Vaccine operations Central Provinces 1868-1885 - 1868-1885
Year: 1868
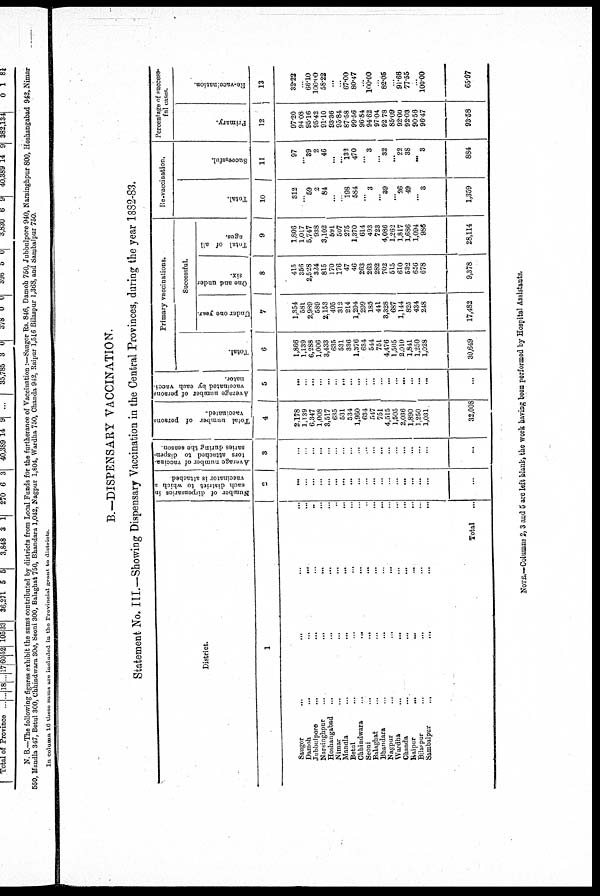
B.—DISPENSARY VACCINATION.
Statement No. III.—Showing Dispensary Vaccination in the Central Provinces, during the year 1882-83.
District.
1
Saugor... ... ... ...
Damoh... ... ... ...
Jubbulpore... ... ... ...
Narsinghpur...
...
...
...
Hoshangabad...
...
...
...
Nimar...
...
...
...
Mandla...
...
...
...
Betul... ... ... ...
Chhindwara...
...
...
...
Seoni...
...
...
...
Balaghat... ... ...
Bhandara...
...
...
...
Nagpur... ... ... ...
Wardha... ... ... ...
Chanda...
...
...
...
Kaipur...
...
...
...
Bilaspur... ... ... ...
Sambalpur...
...
...
...
Total
...
Number of dispensaries in
each district to which a
vaccinator is attached
2
...
...
...
...
...
...
...
...
...
...
...
...
...
...
...
...
...
...
...
Average number of vaccina-
tors attached to dispen-
saries during the season.
3
...
...
...
...
...
...
...
...
...
...
...
...
...
...
...
...
...
...
...
Total number of persons
vaccinated.
4
2,178
1,139
6,347
1,008
3,517
635
531
534
1,960
634
547
751
4,515
1,505
2,036
1,890
1,250
1,031
32,008
Average number of persons
vaccinated by each vacci-
nator.
5
...
...
...
...
...
...
...
...
...
...
...
...
...
...
...
...
...
...
...
Primary vaccinations.
Successful.
Total.
6
1,866
1,139
6,288
1,006
3,433
635
531
396
1,376
634
544
751
4,476
1,505
2,010
1,841
1,250
1,028
30,649
Under one year.
7
1,354
581
2,989
589
2,153
405
312
214
1,294
299
185
441
3,328
687
1,144
825
434
248
17,482
One and under
six.
8
415
356
2,528
324
815
170
176
47
46
263
263
282
702
515
610
532
656
678
9,378
Total of all
ages.
9
1,806
1,017
5,747
938
3,102
591
507
275
1,370
614
493
723
4,086
1,262
1,817
1,686
1,094
986
28,114
Re-vaccination.
Total.
10
312
...
59
2
84
...
...
198
584
...
3
...
39
...
26
49
...
3
1,359
Successful.
11
97
...
39
2
46
...
...
132
470
...
3
...
32
...
22
38
...
3
884
Percentage of success-
ful cases.
Primary.
12
97.20
94.08
95.16
95.42
91.10
93.36
95.84
87.58
99.56
96.84
94.62
97.04
92.78
85.09
92.00
92.03
90.56
96.47
93.58
Re-vaccination.
13
32.22
...
66.10
100.00
58.22
...
...
67.00
80.47
...
100.00
...
82.05
...
91.66
77.55
...
100.00
65.97
NOTE.—Columns 2,3 and 5 are left blank, the work having been performed by Hospital Assistants.